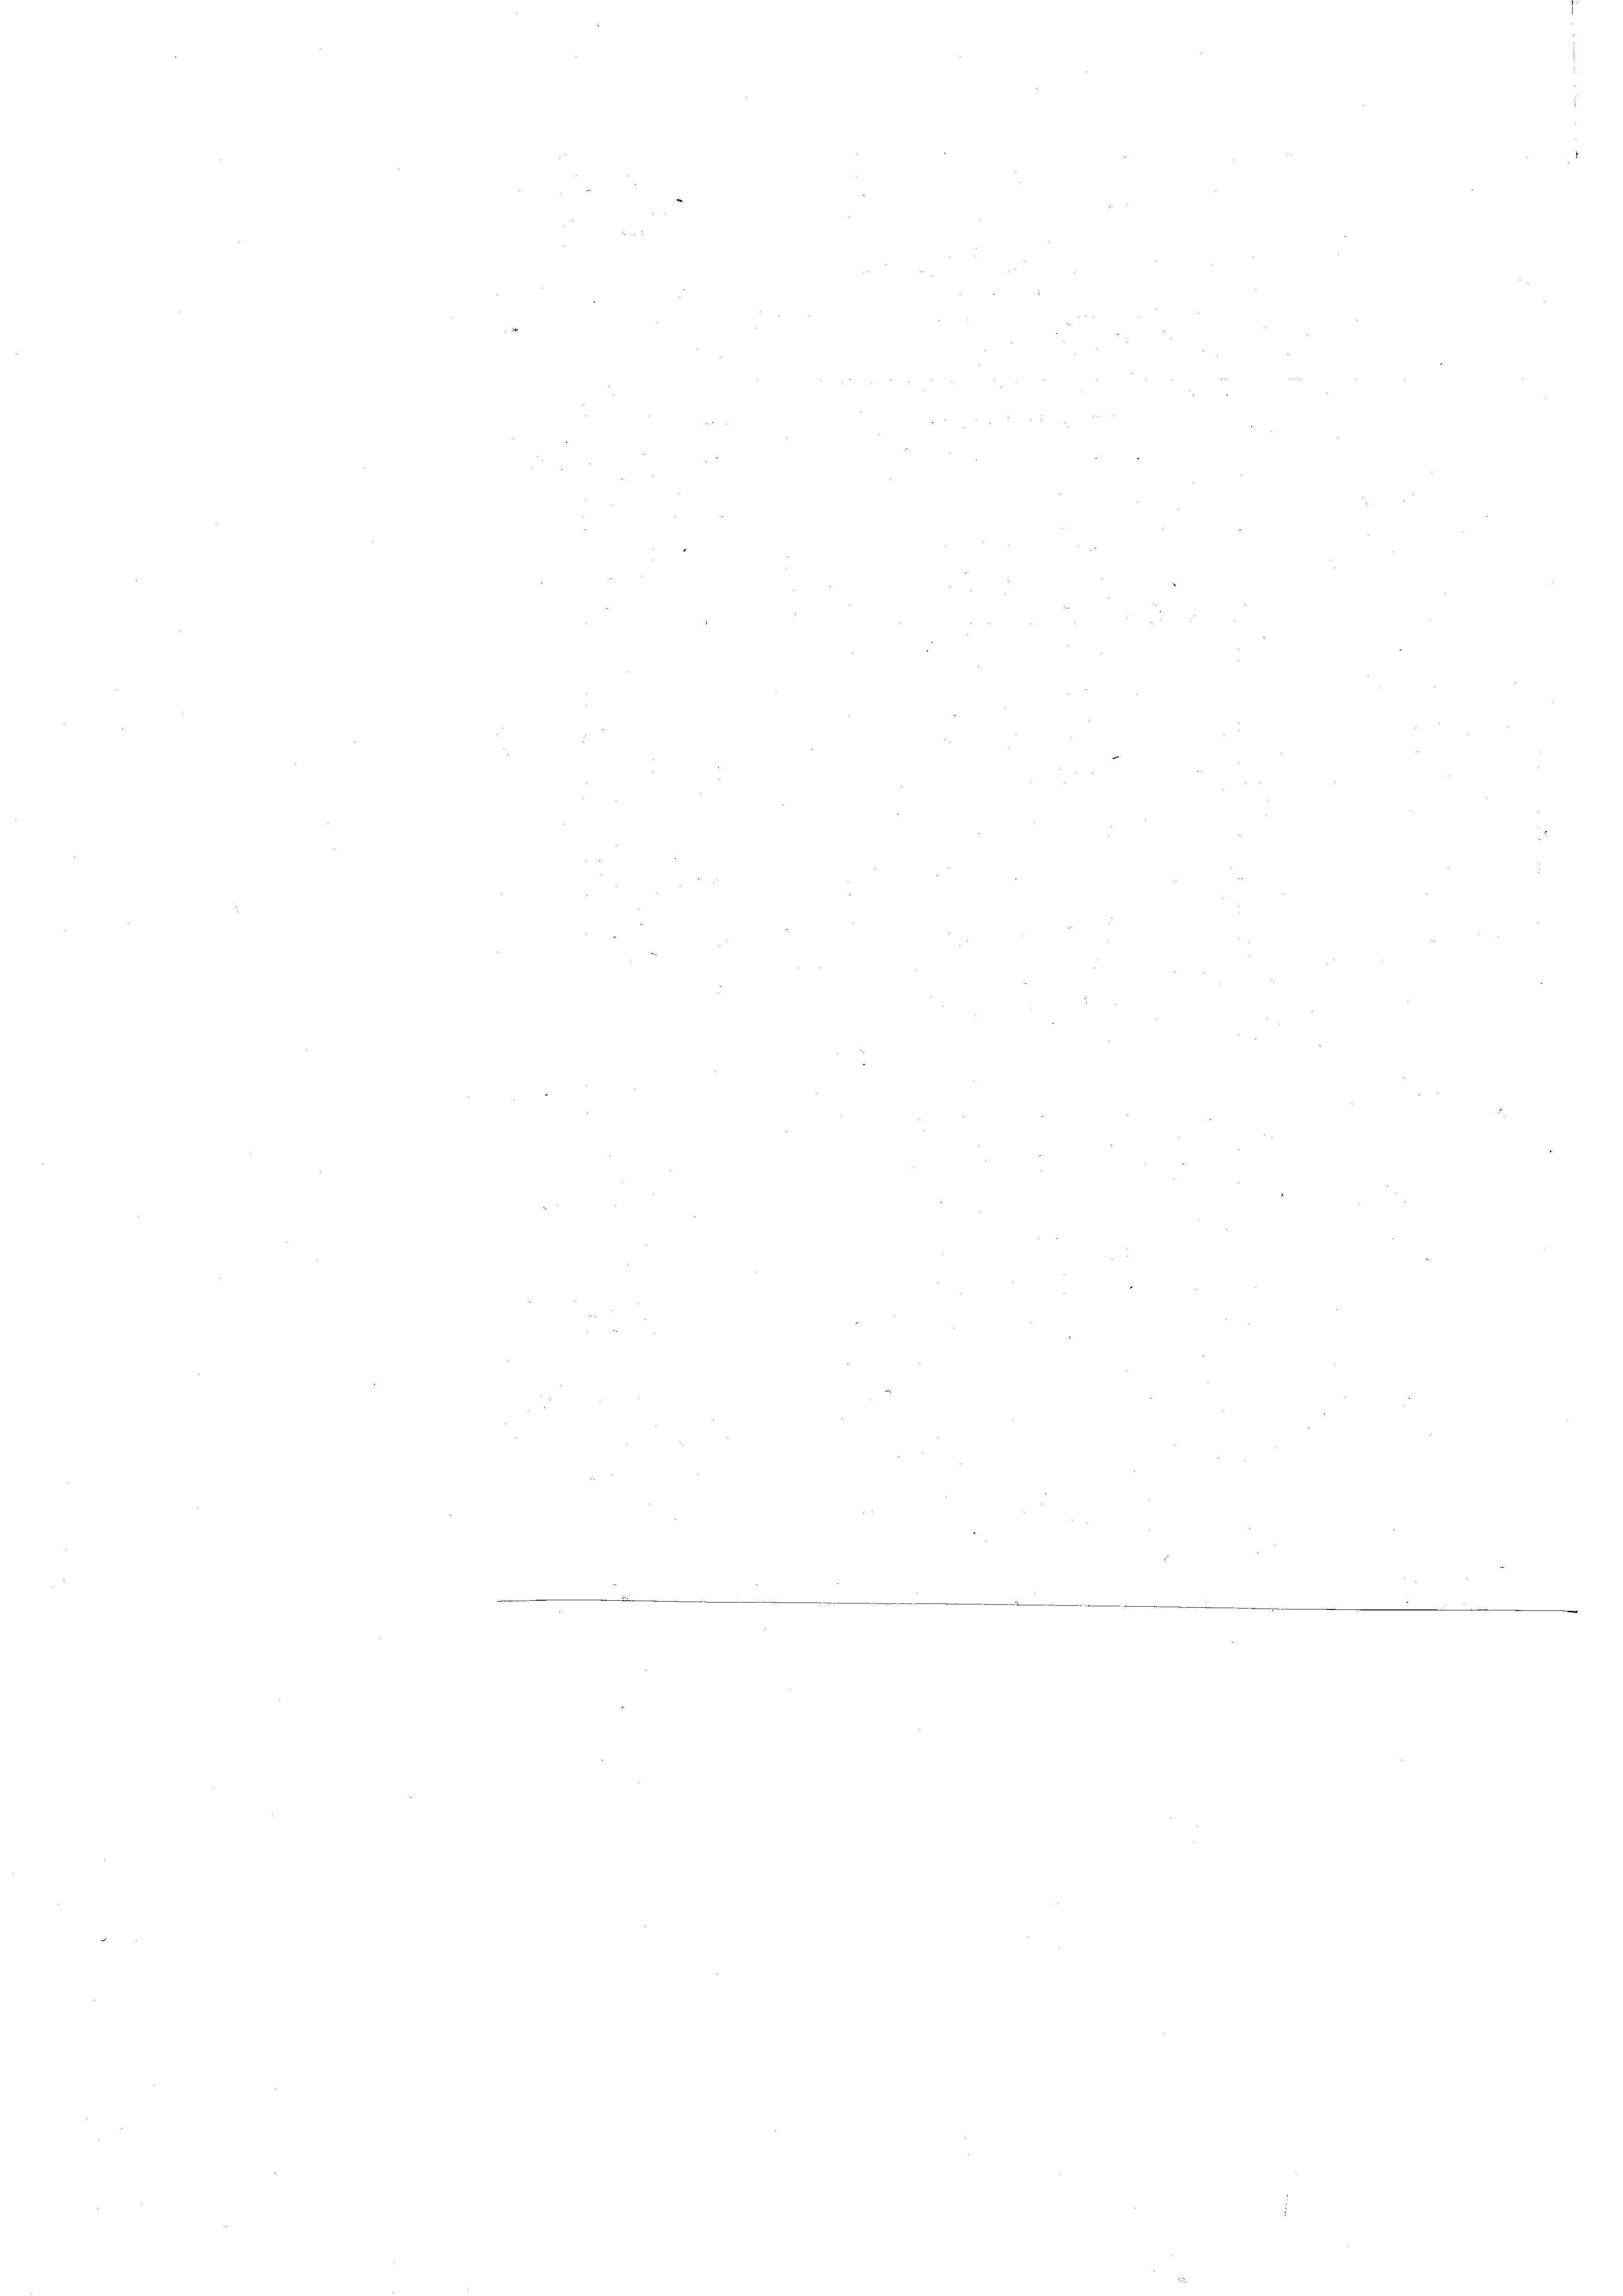
232
e
.
e
e
e
e
n
n
e
e
.
.
e
.
e
e
m
n
n

¬
¬
n
n
n
e
d
d
¬
¬
¬
¬
e
e
e
e
e
e
¬
e
enten der den                                                                220.
e
e
e
e
e
e

e

a